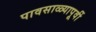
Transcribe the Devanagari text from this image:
पावसाळ्यापूर्वी